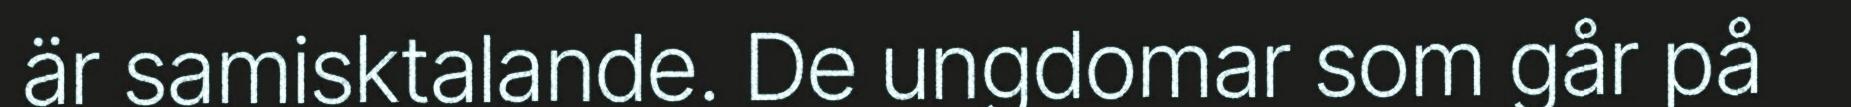
är samisktalande. De ungdomar som går på